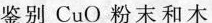
鉴别CuO粉末和木